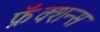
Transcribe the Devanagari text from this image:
फ्रॅक्शन्स